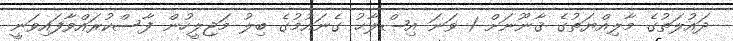
ދައުލަތުގެ މާލިއްޔަތުގެ ޤާނޫނަށް 1 ވަނަ އިޞްލާޙު ގެނައުމުގެ ބިލު މަޖިލީހުން ފާސްކުރައްވާފައިވަނީ